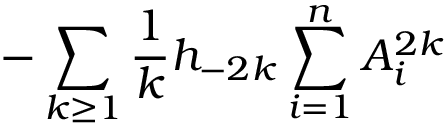
- \sum _ { k \ge 1 } { \frac { 1 } { k } } h _ { - 2 k } \sum _ { i = 1 } ^ { n } A _ { i } ^ { 2 k }